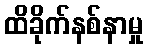
ထိခိုက်နစ်နာမှု